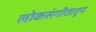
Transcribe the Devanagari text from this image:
लोकसंगीतातून